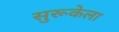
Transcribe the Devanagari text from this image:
सुरूकेला